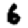
Digit: 6